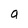
Character: a